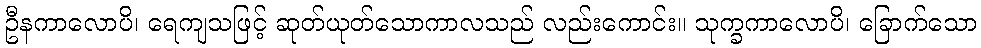
ဦနကာလောပိ၊ ရေကျသဖြင့် ဆုတ်ယုတ်သောကာလသည် လည်းကောင်း။ သုက္ခကာလောပိ၊ ခြောက်သော